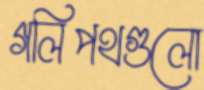
গলিপথগুলো